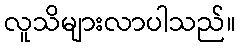
လူသိများလာပါသည်။